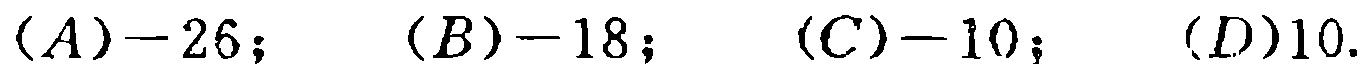
$(A)-26; \quad (B)-18; \quad (C)-10; \quad (D)10.$